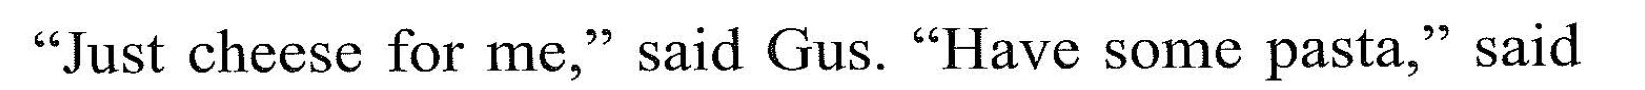
"Jlust cheese for me," said Gus. "Have some pasta," said